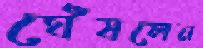
ঘেঁষলেন